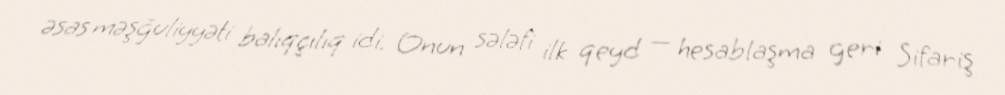
əsas məşğuliyyəti balıqçılıq idi. Onun sələfi ilk qeyd — hesablaşma geri Sifariş